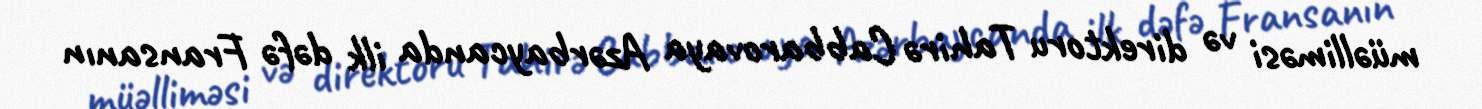
müəlliməsi və direktoru Tahirə Cabbarovaya Azərbaycanda ilk dəfə Fransanın